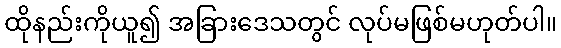
ထိုနည်းကိုယူ၍ အခြားဒေသတွင် လုပ်မဖြစ်မဟုတ်ပါ။